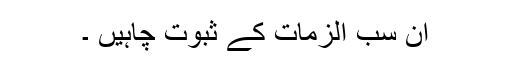
ان سب الزمات کے ثبوت چاہیں ۔